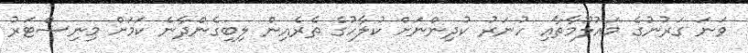
ވަނަ ގަރުނުގެ މައުލޫމާތާއި ހުނަރު ކުދިންނަށް ކުލާހުގެ ތެރެއިން ލިބިގެންދާނެ ކަމަށް މިނިސްޓަރު